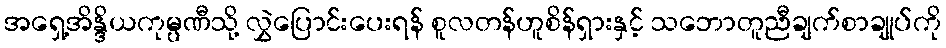
အရှေ့အိန္ဒိယကုမ္ပဏီသို့ လွှဲပြောင်းပေးရန် စူလတန်ဟူစိန်ရှားနှင့် သဘောတူညီချက်စာချုပ်ကို